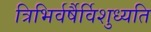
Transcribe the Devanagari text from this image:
त्रिभिर्वर्षैर्विशुध्यति